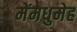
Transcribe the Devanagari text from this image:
मेंमधुमेह